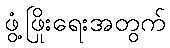
ဖွံ့ဖြိုးရေးအတွက်